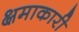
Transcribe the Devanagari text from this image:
क्षमाकारी